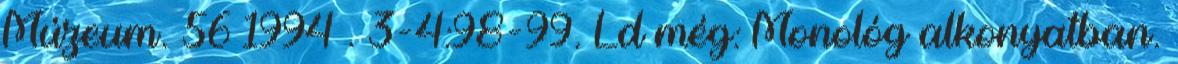
Múzeum. 56 1994 . 3-4:98-99. Ld még: Monológ alkonyatban.